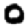
Digit: 0